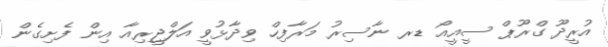
އުރީދޫ ގްރޫޕް ސީއީއޯ ޑރ ނާސިރު މަރާފިހް ވިދާޅުވީ އަލްޖީރިއާ އިން ފެށިގެން